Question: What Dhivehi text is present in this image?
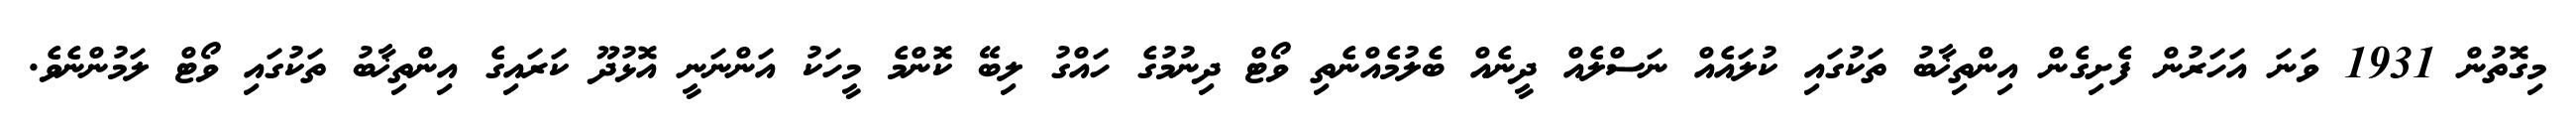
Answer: މިގޮތުން 1931 ވަނަ އަހަރުން ފެށިގެން އިންތިޚާބު ތަކުގައި ކުލައެއް ނަސްލެއް ދީނެއް ބެލުމެއްނެތި ވޯޓް ދިނުމުގެ ހައްގު ލިބޭ ކޮންމެ މީހަކު އަންނަނީ އޮޅުދޫ ކަރައިގެ އިންތިޚާބު ތަކުގައި ވޯޓް ލަމުންނެވެ.